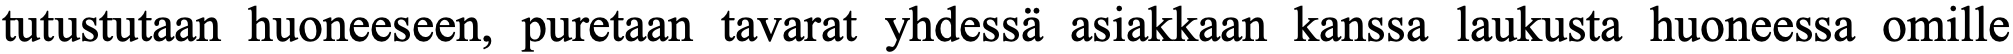
tutustutaan huoneeseen, puretaan tavarat yhdessä asiakkaan kanssa laukusta huoneessa omille